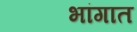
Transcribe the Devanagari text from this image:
भांगात